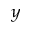
_ { y }